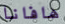
هافانا